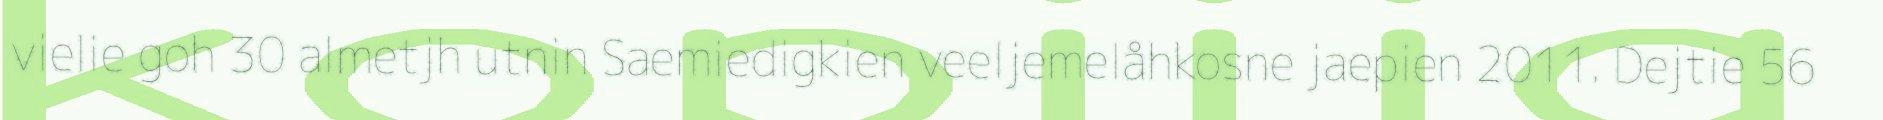
vielie goh 30 almetjh utnin Saemiedigkien veeljemelåhkosne jaepien 2011. Dejtie 56